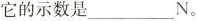
它的示数是___N。